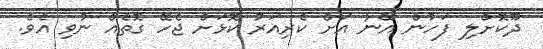
ދޫކޮށްލި ފަހުން އޭނާ އަށް ކެރިއަރު ކޮޅަށް ޖެހޭ ގޮތެއް ނުވި އެވެ.